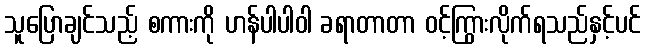
သူပြောချင်သည့် စကားကို ဟန်ပါပါဝါ ခရာတာတာ ဝင့်ကြွားလိုက်ရသည်နှင့်ပင်